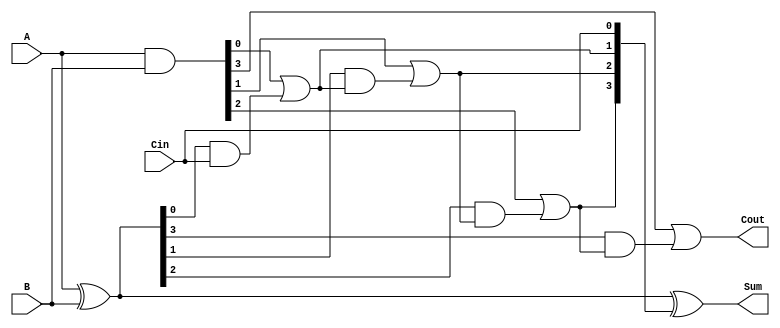
module CarryLookaheadAdder #(parameter n = 4) (
    input  [n-1:0] A,      // First operand
    input  [n-1:0] B,      // Second operand
    input          Cin,     // Carry input
    output [n-1:0] Sum,     // Sum output
    output         Cout      // Carry output
);

    // Generate and Propagate signals
    wire [n-1:0] G; // Generate signals
    wire [n-1:0] P; // Propagate signals
    wire [n:0] C;   // Carry signals

    // Generate and Propagate calculations
    assign G = A & B;          // G[i] = A[i] & B[i]
    assign P = A ^ B;          // P[i] = A[i] ^ B[i]

    // Carry calculations
    assign C[0] = Cin;         // C[0] = Cin
    genvar i;
    generate
        for (i = 0; i < n; i = i + 1) begin : carry_calc
            if (i == 0) begin
                assign C[i + 1] = G[i] | (P[i] & C[i]); // C[1] = G[0] + (P[0] * C[0])
            end else begin
                assign C[i + 1] = G[i] | (P[i] & C[i]); // C[i + 1] = G[i] + (P[i] * C[i])
            end
        end
    endgenerate

    // Sum calculations
    assign Sum = P ^ C[n-1:0]; // Sum[i] = P[i] ^ C[i]

    // Carry output
    assign Cout = C[n]; // Cout = C[n]

endmodule